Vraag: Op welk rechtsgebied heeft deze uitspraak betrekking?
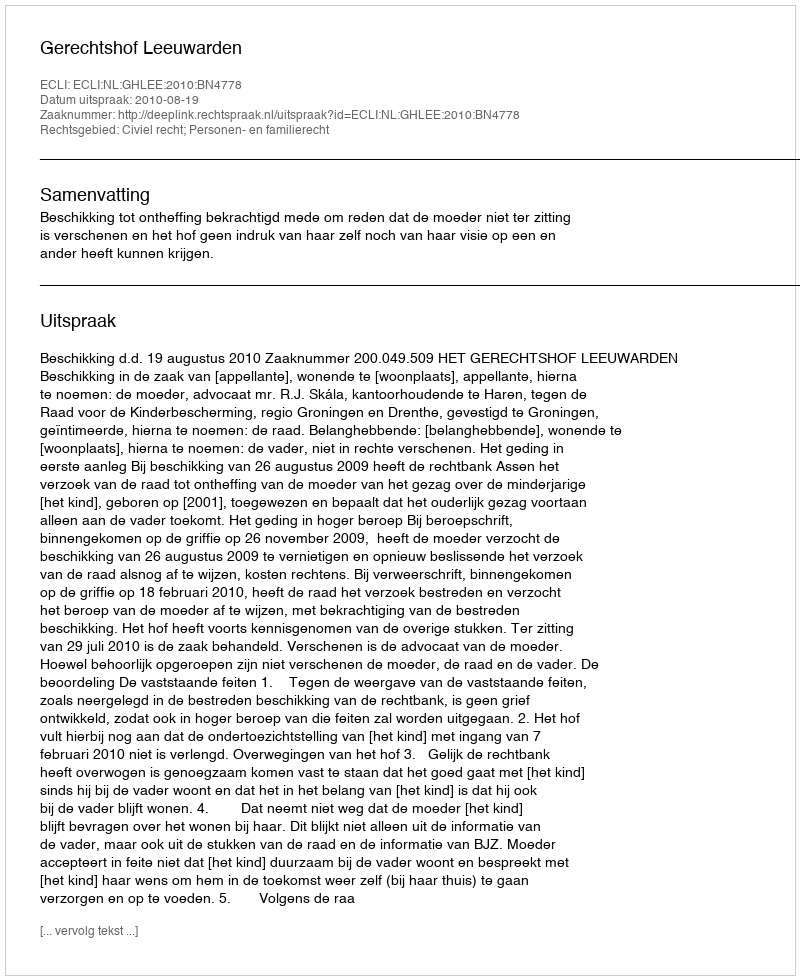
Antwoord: Civiel recht; Personen- en familierecht